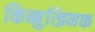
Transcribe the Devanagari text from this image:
किब्बुत्झ्निक